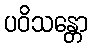
ပဝိသန္တော